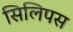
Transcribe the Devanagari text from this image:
सिलिपस